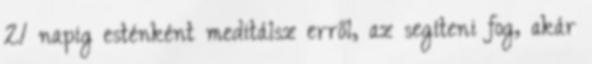
21 napig esténként meditálsz erről, az segíteni fog, akár